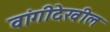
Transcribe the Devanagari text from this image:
वांगीदेखील